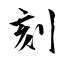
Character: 刻